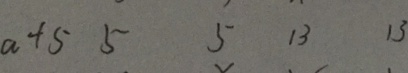
a + 5 5 5 1 3 1 3